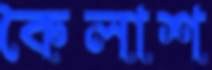
কৈলাশ